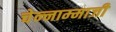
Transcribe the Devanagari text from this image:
चेन्‍नाम्‍माजी